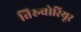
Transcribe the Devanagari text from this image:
तिरुवोरियूर